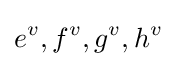
e^{v},f^{v},g^{v},h^{v}